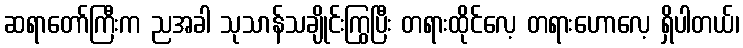
ဆရာတော်ကြီးက ညအခါ သုသာန်သချိုင်းကြွပြီး တရားထိုင်လေ့ တရားဟောလေ့ ရှိပါတယ်၊